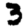
Digit: 3